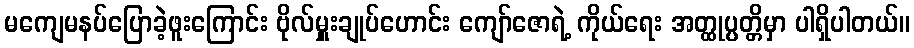
မကျေမနပ်ပြောခဲ့ဖူးကြောင်း ဗိုလ်မှူးချုပ်ဟောင်း ကျော်ဇောရဲ့ ကိုယ်ရေး အတ္ထုပ္ပတ္တိမှာ ပါရှိပါတယ်။